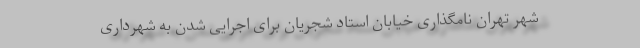
شهر تهران نامگذاری خیابان استاد شجریان برای اجرایی شدن به شهرداری